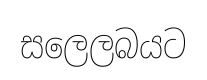
සලෙලබයට